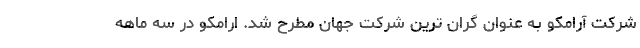
شرکت آرامکو به عنوان گران ترین شرکت جهان مطرح شد. ارامکو در سه ماهه